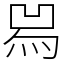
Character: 𤉡